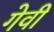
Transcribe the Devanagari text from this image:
गेवी